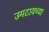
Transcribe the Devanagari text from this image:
उमटायच्या